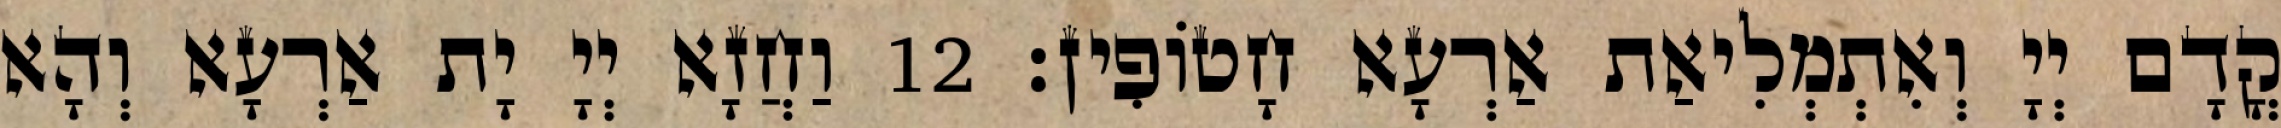
קֳדָם יְיָ וְאִתְמְלִיאַת אַרְעָא חָטוֹפִין׃ 12 וַחֲזָא יְיָ יָת אַרְעָא וְהָא